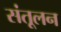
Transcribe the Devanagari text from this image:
संतूलन